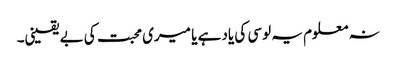
نہ معلوم یہ لوسی کی یاد ہے یا میری محبت کی بے یقینی۔